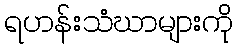
ရဟန်းသံဃာများကို